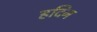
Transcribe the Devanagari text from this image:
हदिन